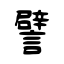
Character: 譬